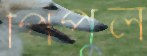
পিঁপুল